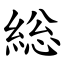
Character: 総